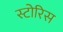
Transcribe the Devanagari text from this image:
स्टोरिस